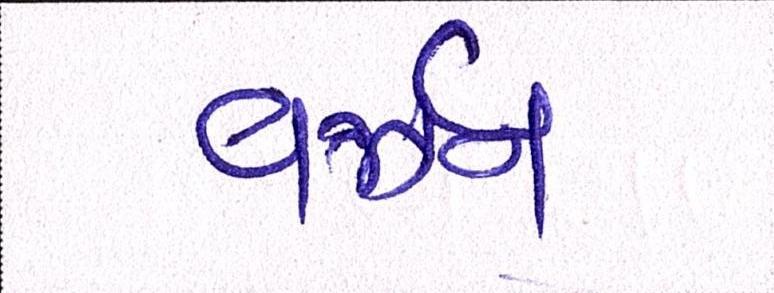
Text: વર્ઝન